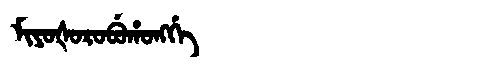
Manchu: ᠮᡳᠶᠣᡧᠣᡵᠣᠪᡠᡥᠣᠩᡤᡝ
Romanization: MIYOŠOROBUHONGGE